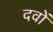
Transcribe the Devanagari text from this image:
दवों